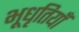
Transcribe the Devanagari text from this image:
भूधृतियाँ